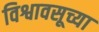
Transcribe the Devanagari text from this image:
विश्वावसूच्या